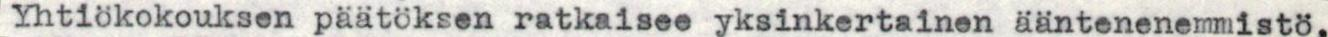
Yhtiökokouksen päätöksen ratkaisee yksinkertainen ääntenenemmistö,